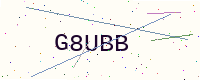
Text: G8UBB